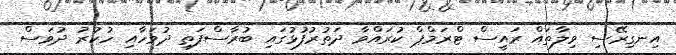
އިނގިރޭސި ވިލާތައް ރައީސް ޓްރަމްޕް ކުރައްވާ ދަތުރުފުޅުގައި ބުރާސްފަތި ދުވަހާއި ހުކުރު ދުވަސް